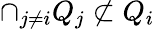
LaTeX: \cap_{j\neq i}Q_{j}\not\subset Q_{i}